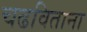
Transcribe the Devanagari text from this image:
चढविताना